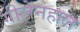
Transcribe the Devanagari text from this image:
गीलेनहाल